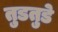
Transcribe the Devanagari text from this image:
तुडतुडे